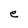
Character: e